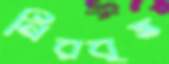
নিরবৃত্ত